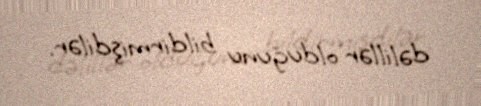
dəlillər olduğunu bildirmişdilər.